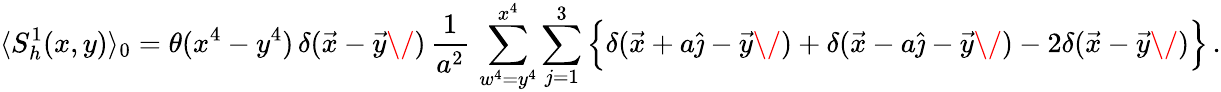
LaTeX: \langle S_{h}^{1}(x,y)\rangle_{0}=\theta(x^{4}-y^{4})\, \delta(\vec{x}-\vec{y}\/ )\, {\frac{1}{a^{2}}}\, \sum_{w^{4}=y^{4}}^{x^{4}}\sum_{j=1}^{3}\Big\{ \delta(\vec{x}+a\hat{\jmath}-\vec{y}\/ )+\delta(\vec{x}-a\hat{\jmath}-\vec{y}\/ )-2\delta(\vec{x}-\vec{y}\/ )\Big\} \, .